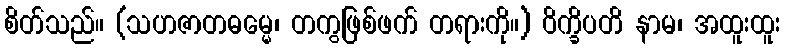
စိတ်သည်။ (သဟဇာတဓမ္မေ၊ တကွဖြစ်ဖက် တရားကို။) ဝိက္ခိပတိ နာမ၊ အထူးထူး